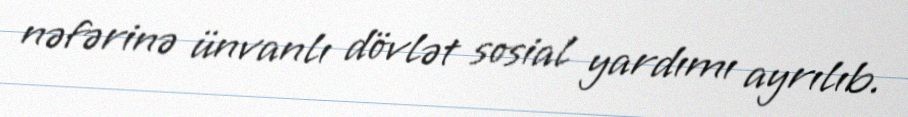
nəfərinə ünvanlı dövlət sosial yardımı ayrılıb.